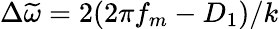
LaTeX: \Delta\widetilde{\omega}=2(2\pi f_{m}-D_{1})/k